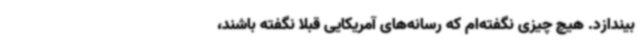
بیندازد. هیچ چیزی نگفته‌ام که رسانه‌های آمریکایی قبلا نگفته باشند،